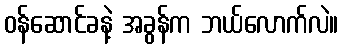
ဝန်ဆောင်ခနဲ့ အခွန်က ဘယ်လောက်လဲ။